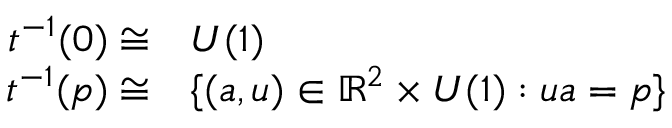
\begin{array} { r l } { t ^ { - 1 } ( 0 ) \cong } & { { } U ( 1 ) } \\ { t ^ { - 1 } ( p ) \cong } & { { } \{ ( a , u ) \in \mathbb { R } ^ { 2 } \times U ( 1 ) : u a = p \} } \end{array}